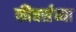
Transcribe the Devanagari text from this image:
फीचर्सच्या